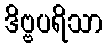
ဒိဗ္ဗပရိသာ